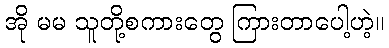
အို မမ သူတို့စကားတွေ ကြားတာပေါ့ဟဲ့။